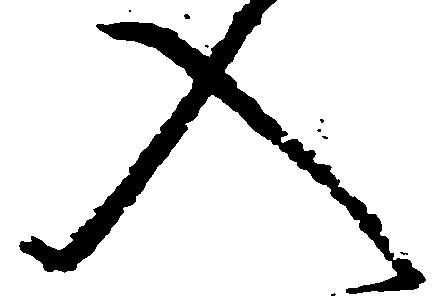
入